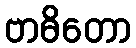
ဗာဓိတော